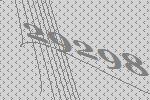
29298